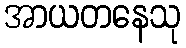
အာယတနေသု